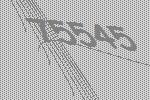
75545